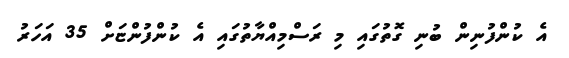
އެ ކުންފުނިން ބުނި ގޮތުގައި މި ރަސްމިއްޔާތުގައި އެ ކުންފުންޏަށް 35 އަހަރު